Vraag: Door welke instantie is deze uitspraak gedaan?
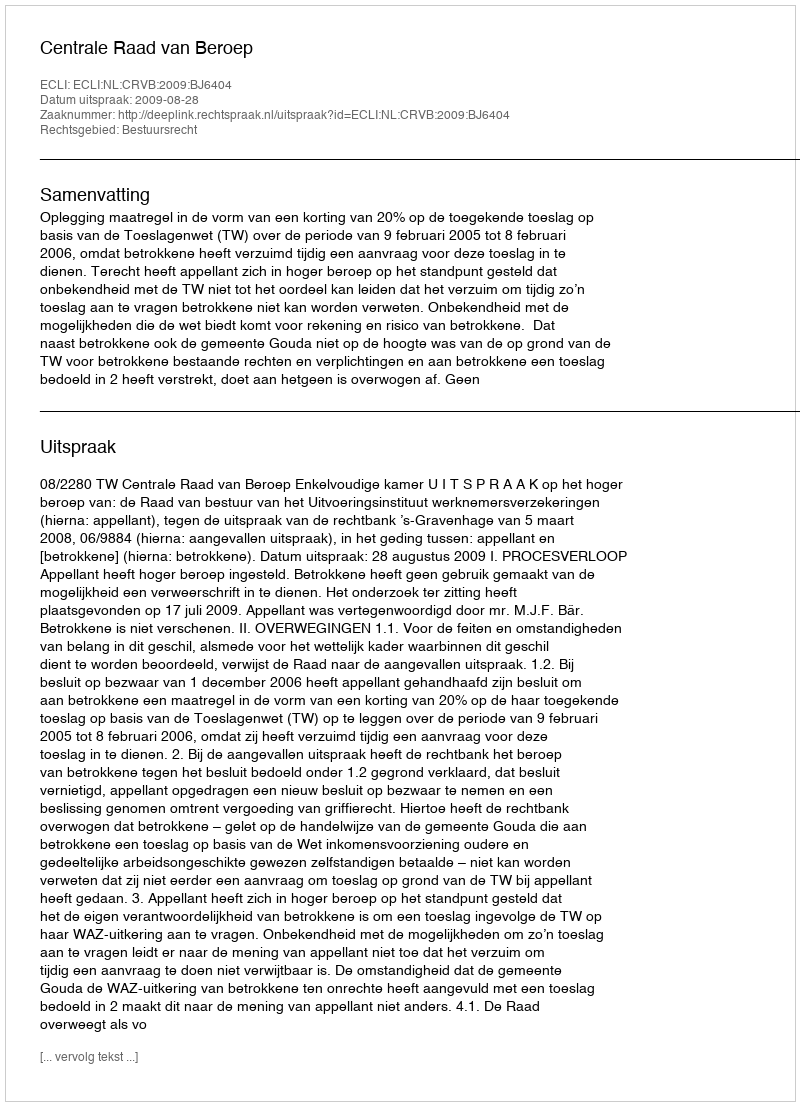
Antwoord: Centrale Raad van Beroep